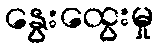
နွေးထွေးမှု